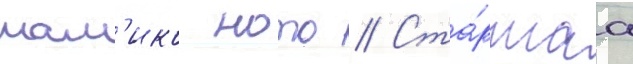
мам'ико ното // Ста́ршаа